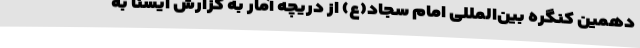
دهمین کنگره بین‌المللی امام سجاد(ع) از دریچه آمار به گزارش ایسنا به